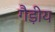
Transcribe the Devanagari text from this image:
गैड़ीय